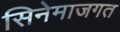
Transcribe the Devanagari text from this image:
सिनेमाजगत